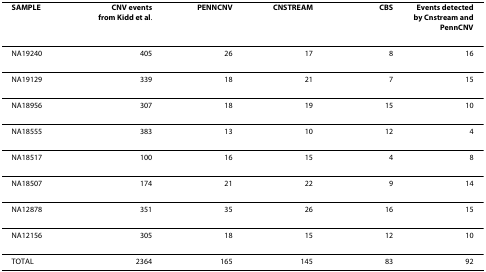
<table><thead><tr><td><b>SAMPLE</b></td><td><b>CNV eventsfrom Kidd et al.</b></td><td><b>PENNCNV</b></td><td><b>CNSTREAM</b></td><td><b>CBS</b></td><td><b>Events detected by Cnstream and PennCNV</b></td></tr></thead><tbody><tr><td>NA19240</td><td>405</td><td>26</td><td>17</td><td>8</td><td>16</td></tr><tr><td>NA19129</td><td>339</td><td>18</td><td>21</td><td>7</td><td>15</td></tr><tr><td>NA18956</td><td>307</td><td>18</td><td>19</td><td>15</td><td>10</td></tr><tr><td>NA18555</td><td>383</td><td>13</td><td>10</td><td>12</td><td>4</td></tr><tr><td>NA18517</td><td>100</td><td>16</td><td>15</td><td>4</td><td>8</td></tr><tr><td>NA18507</td><td>174</td><td>21</td><td>22</td><td>9</td><td>14</td></tr><tr><td>NA12878</td><td>351</td><td>35</td><td>26</td><td>16</td><td>15</td></tr><tr><td>NA12156</td><td>305</td><td>18</td><td>15</td><td>12</td><td>10</td></tr><tr><td>TOTAL</td><td>2364</td><td>165</td><td>145</td><td>83</td><td>92</td></tr></tbody></table>